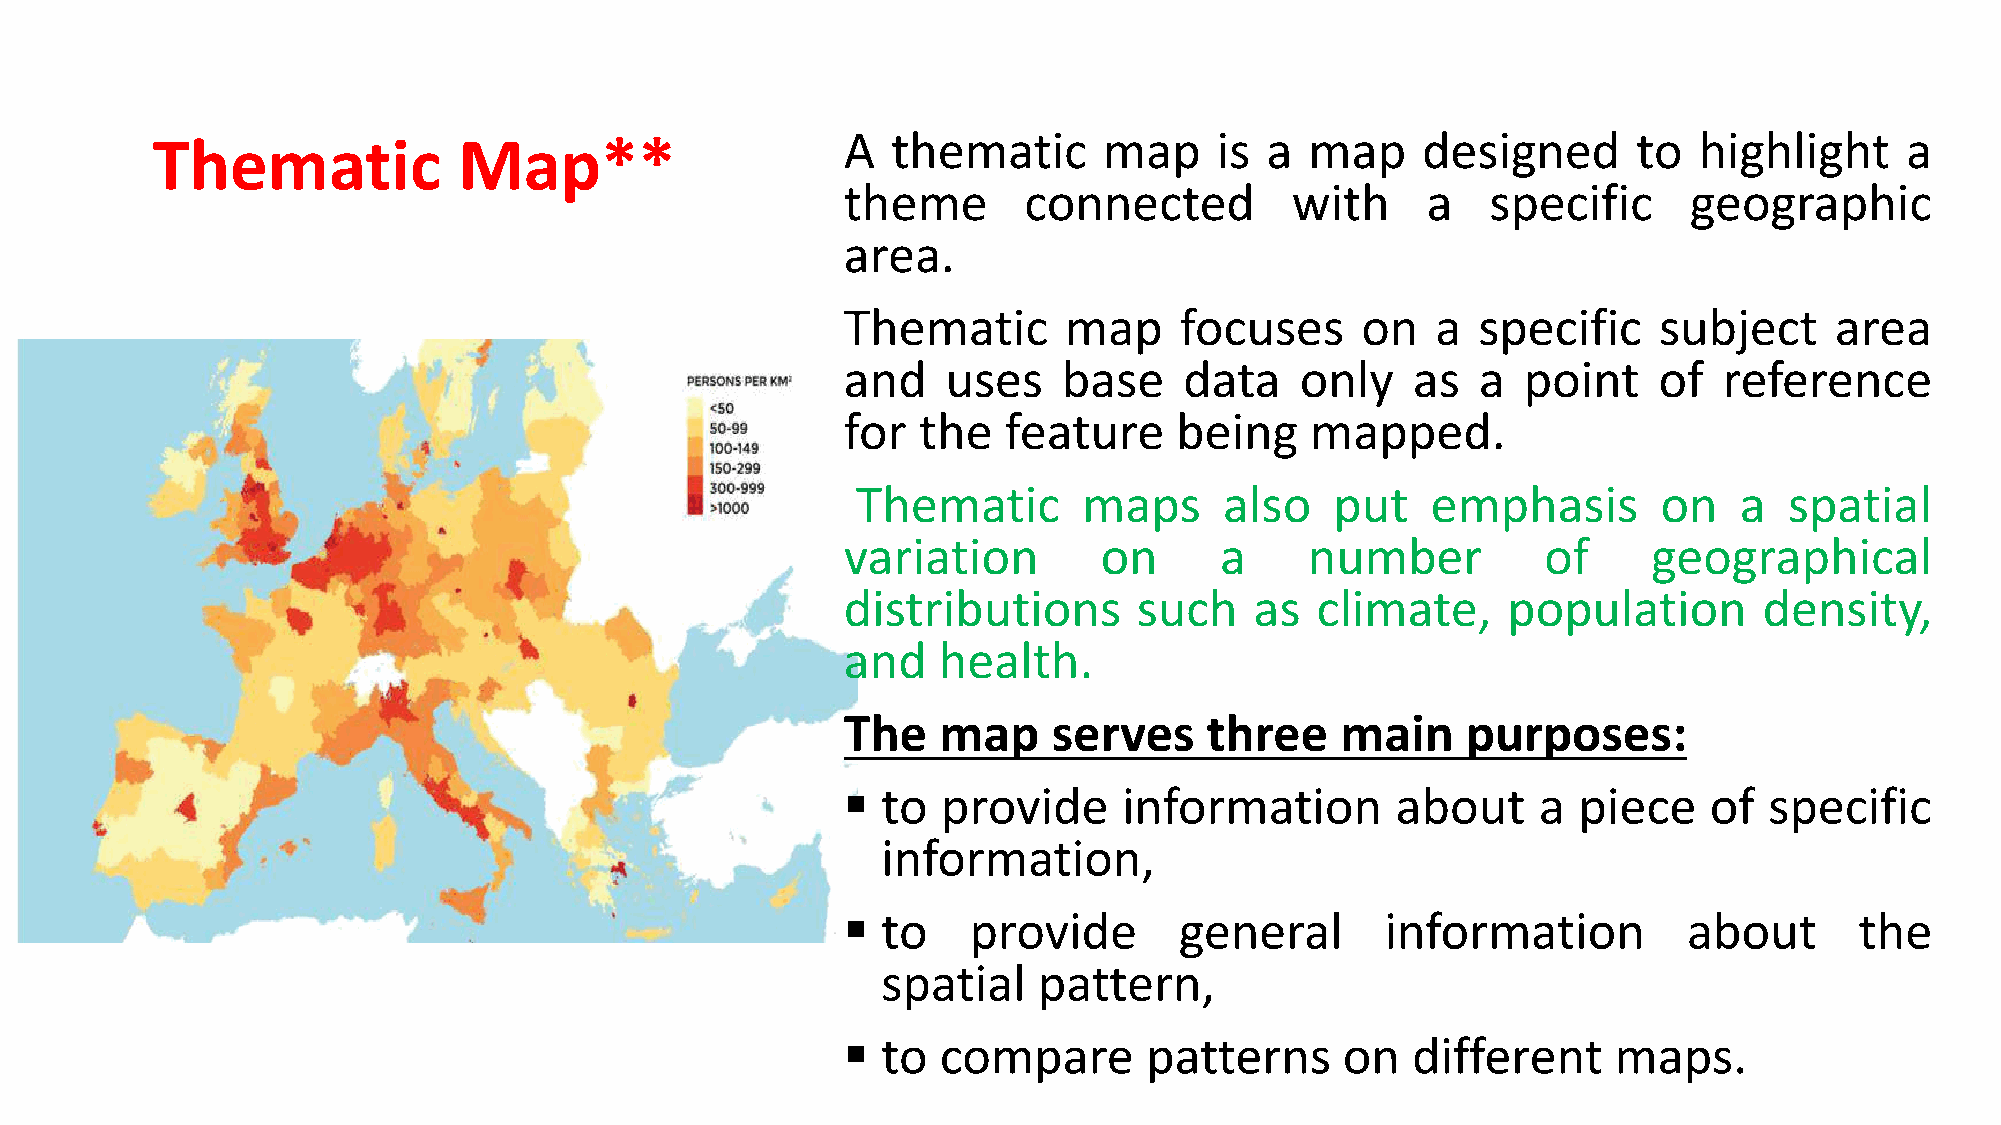
Thematic            Map**                     A  thematic      map     is a  map    designed      to  highlight     a
 theme       connected        with     a    specific     geographic
 area.
 Thematic      map     focuses     on   a  specific    subject    area
 and    uses   base    data    only   as   a  point    of  reference
 for  the  feature     being    mapped.
 Thematic       maps     also   put    emphasis       on   a  spatial
 variation        on      a     number         of     geographical
 distributions      such    as  climate,     population       density,
 and   health.
 The   map     serves    three    main    purposes:
  to  provide     information       about     a piece    of  specific
 information,
  to    provide       general       information         about      the
 spatial    pattern,
  to  compare       patterns     on  different     maps.